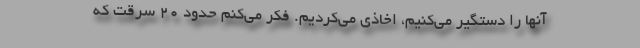
آنها را دستگیر می‌کنیم، اخاذی می‌کردیم. فکر می‌کنم حدود ۲۰ سرقت که